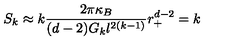
S _ { k } \approx k \frac { 2 \pi \kappa _ { B } } { ( d - 2 ) G _ { k } l ^ { 2 ( k - 1 ) } } r _ { + } ^ { d - 2 } = k